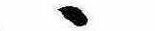
ゝ